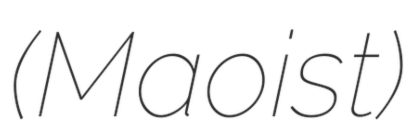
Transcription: (Maoist)